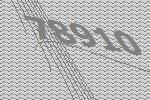
78910